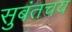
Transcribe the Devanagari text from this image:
सुबंतचय